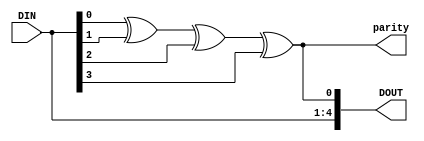
module parGen(DOUT, parity, DIN);
  output [4:0] DOUT;
  output parity;
  input [3:0] DIN;
  assign parity = DIN[0] ^ DIN[1] ^ DIN[2] ^ DIN[3];
  assign DOUT = { DIN, parity };
endmodule